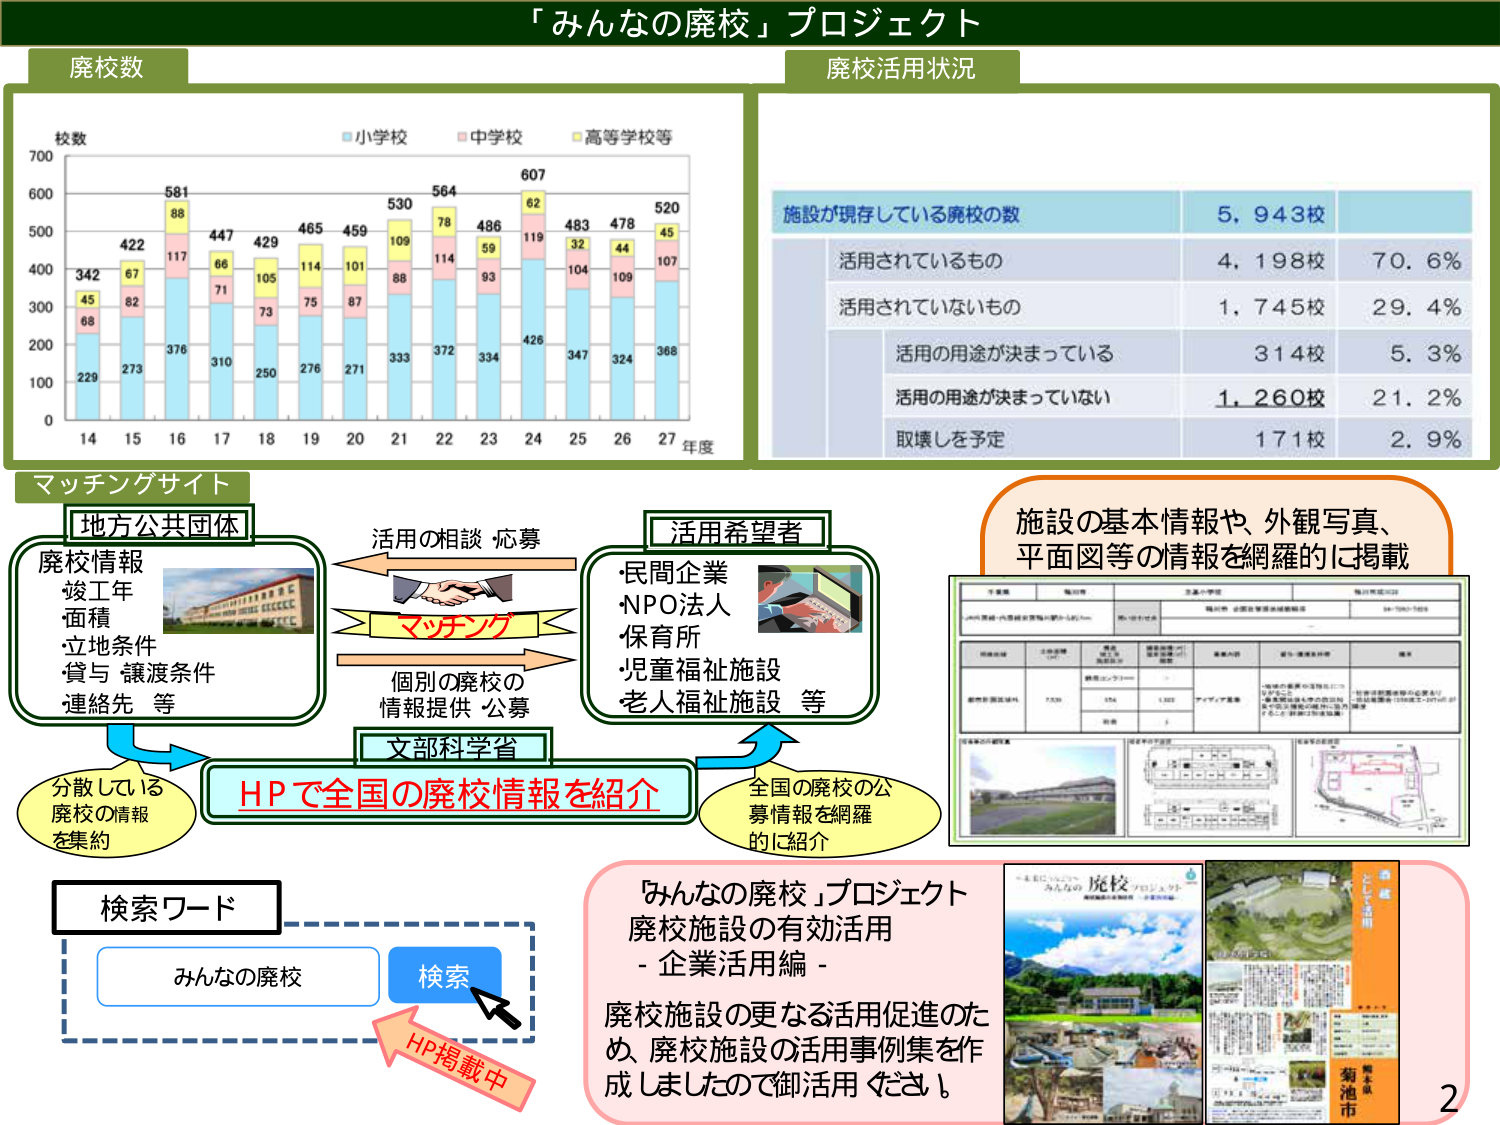
「みんなの廃校」プロジェクト

廃校数

校数
■小学校 ■中学校 ■高等学校等

700
600
500
400
300
200
100
0

14 15 16 17 18 19 20 21 22 23 24 25 26 27 年度

342 422 561 447 429 465 459 530 564 486 607 483 478 520
45 67 88 117 66 105 114 101 109 78 59 62 32 44 45
68 82 376 310 250 276 271 333 372 334 426 347 324 368
229 273 117 71 73 75 87 88 114 93 119 104 109 107

廃校活用状況

施設が現存している廃校の数 5,943校
活用されているもの 4,198校 70.6%
活用されていないもの 1,745校 29.4%
　活用の用途が決まっている 314校 5.3%
　活用の用途が決まっていない 1,260校 21.2%
　取壊しを予定 171校 2.9%

マッチングサイト

地方公共団体
廃校情報
竣工年
面積
立地条件
貸与・譲渡条件
連絡先 等

活用の相談・応募
マッチング
個別の廃校の
情報提供・公募

活用希望者
・民間企業
・NPO法人
・保育所
・児童福祉施設
・老人福祉施設 等

文部科学省
HPで全国の廃校情報を紹介

分散している
廃校の情報
を集約

全国の廃校の公
募情報を網羅
的に紹介

施設の基本情報や、外観写真、
平面図等の情報を網羅的に掲載

検索ワード
みんなの廃校 検索
HP掲載中

「みんなの廃校」プロジェクト
廃校施設の有効活用
- 企業活用編 -
廃校施設の更なる活用促進のた
め、廃校施設の活用事例集を作
成しましたので御活用ください。

2